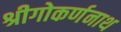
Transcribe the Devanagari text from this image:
श्रीगोकर्णनाथ